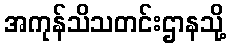
အကုန်သိသတင်းဌာနသို့